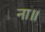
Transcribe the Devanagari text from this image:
ना॥